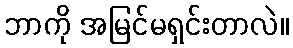
ဘာကို အမြင်မရှင်းတာလဲ။